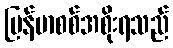
မြန်မာစစ်အစိုးရသည်